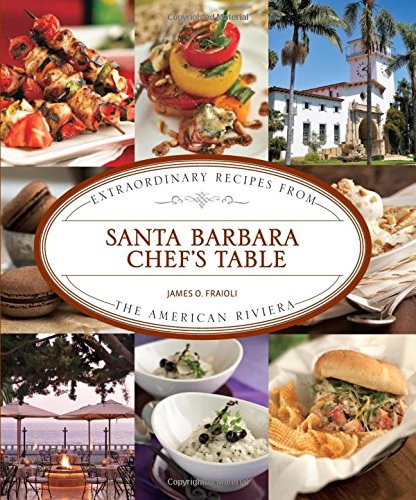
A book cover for Santa Barbara Chef's Table: Extraordinary Recipes From The American Riviera; James Fraioli; Cookbooks, Food & Wine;